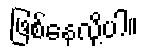
ဖြစ်နေလို့ပါ။